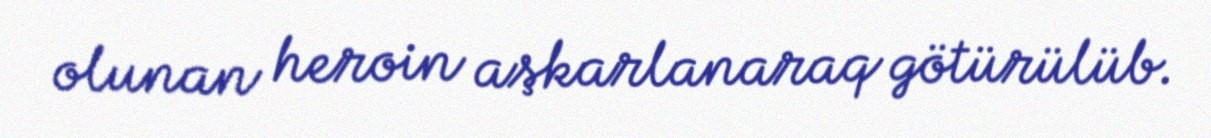
olunan heroin aşkarlanaraq götürülüb.